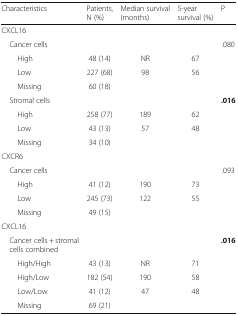
| Characteristics | Patients, N (%) | Median survival (months) | 5-year survival (%) | P |
 | --- | --- | --- | --- | --- |
 | <COLSPAN=5> CXCL16 |
 | Cancer cells |  |  |  | .080 |
 | High | 48 (14) | NR | 67 |  |
 | Low | 227 (68) | 98 | 56 |  |
 | Missing | 60 (18) |  |  |  |
 | Stromal cells |  |  |  | .016 |
 | High | 258 (77) | 189 | 62 |  |
 | Low | 43 (13) | 57 | 48 |  |
 | Missing | 34 (10) |  |  |  |
 | <COLSPAN=5> CXCR6 |
 | Cancer cells |  |  |  | .093 |
 | High | 41 (12) | 190 | 73 |  |
 | Low | 245 (73) | 122 | 55 |  |
 | Missing | 49 (15) |  |  |  |
 | <COLSPAN=5> CXCL16 |
 | Cancer cells + stromal cells combined |  |  |  | .016 |
 | High/High | 43 (13) | NR | 71 |  |
 | High/Low | 182 (54) | 190 | 58 |  |
 | Low/Low | 41 (12) | 47 | 48 |  |
 | Missing | 69 (21) |  |  |  |